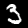
Label: 3